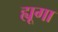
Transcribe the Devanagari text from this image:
ह्यूगा